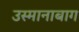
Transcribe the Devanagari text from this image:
उस्मानाबाग